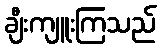
ချီးကျူးကြသည်